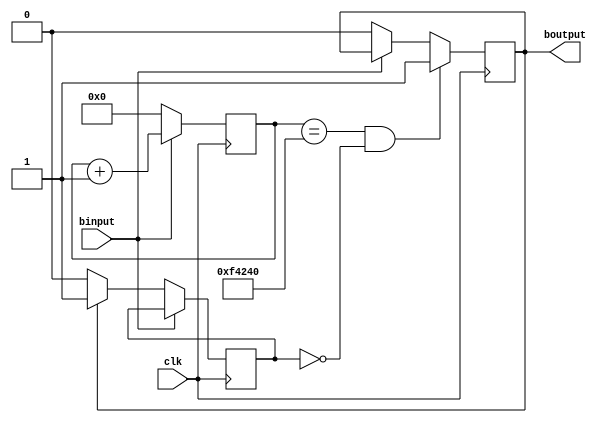
module debounce(
    input clk,
    input binput,
    output boutput
    );
parameter PERIOD=1000000;
reg [23:0] counter;
reg d_button_state;
reg pressed;
assign boutput=d_button_state;
always@(posedge clk)begin
    if(binput==0)begin
        counter<=0;
        if(d_button_state) pressed=1;else pressed=0;
    end
    else begin
        counter<=counter+1;
    end
end

always@(posedge clk)begin
    if(counter==PERIOD && pressed==0)begin
        d_button_state<=1;
    end
    else begin
        d_button_state<=(binput==0)?0:boutput;
    end
end


endmodule